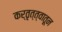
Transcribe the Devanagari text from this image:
कर्तृत्त्वातून